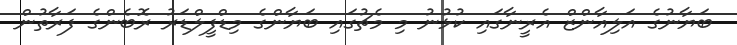
ބަޔާނުގެ އަލިއާންޒް އެރީނާގައި ކުޅުނު މި މެޗުގައި ބަޔާންގެ މިޑްފީލްޑަރު ރޮބެންގެ ފަރާތުން